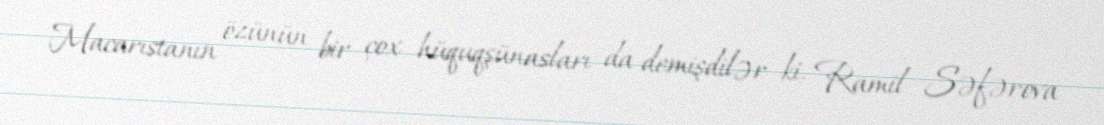
Macarıstanın özünün bir çox hüquqşünasları da demişdilər ki, Ramil Səfərova